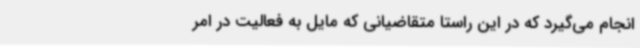
انجام می‌گیرد که در این راستا متقاضیانی که مایل به فعالیت در امر